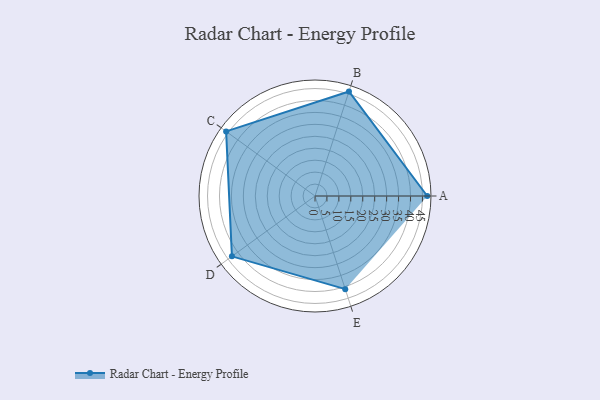
{"axis": {"x": "Skill", "y": "Score"}, "legend": ["Profile"], "data": [{"x": "A", "y": 47.0, "type": "Profile"}, {"x": "B", "y": 46.0, "type": "Profile"}, {"x": "C", "y": 46.0, "type": "Profile"}, {"x": "D", "y": 43.0, "type": "Profile"}, {"x": "E", "y": 41.0, "type": "Profile"}]}